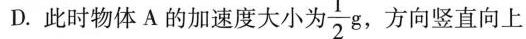
D. 此时物体 A 的加速度大小为 \frac{1}{2}g，方向竖直向上